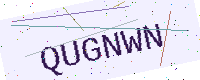
Text: QUGNWN